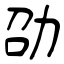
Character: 劭